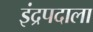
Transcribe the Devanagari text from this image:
इंद्रपदाला